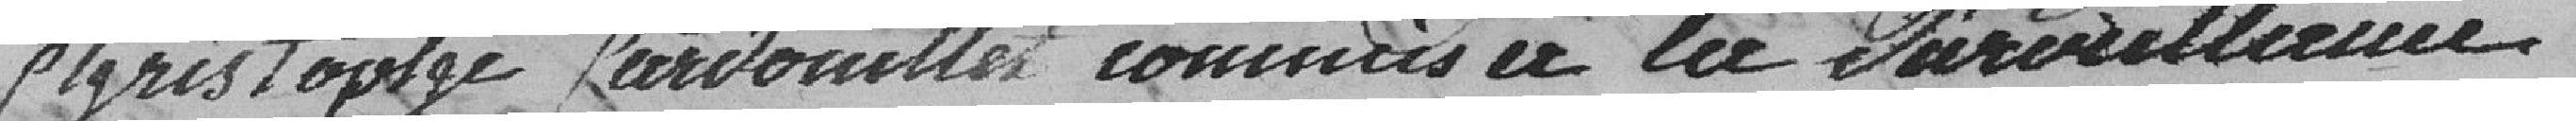
Christophe Lardouillet commis à la surveillance